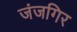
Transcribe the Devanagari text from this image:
जंजगिर